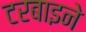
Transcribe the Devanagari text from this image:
टरबाइने